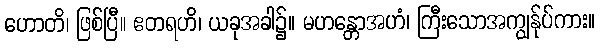
ဟောတိ၊ ဖြစ်ပြီ။ ဧတရဟိ၊ ယခုအခါ၌။ မဟန္တောအဟံ၊ ကြီးသောအကျွန်ုပ်ကား။